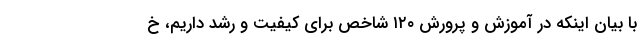
با بیان اینکه در آموزش و پرورش ۱۲۰ شاخص برای کیفیت و رشد داریم، خ